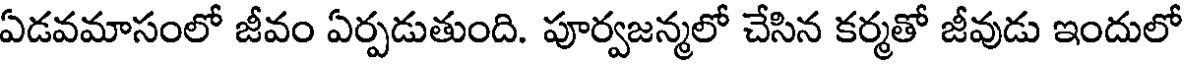
ఏడవమాసంలో జీవం ఏర్పడుతుంది. పూర్వజన్మలో చేసిన కర్మతో జీవుడు ఇందులో